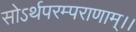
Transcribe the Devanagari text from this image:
सोऽर्थपरम्पराणाम्।।